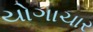
યોગાચાર